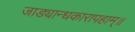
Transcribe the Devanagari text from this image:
जाड्यान्धकारापहाम्‌॥